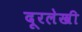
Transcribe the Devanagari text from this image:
दूरलेखी